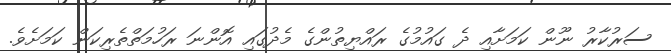
ސަރުކާރު ނޫން ކަމަށާއި ދެ ގައުމުގެ ރައްޔިތުންގެ މެދުގައި އޮންނަ ރަހުމަތްތެރިކަން ކަމަށެވެ.